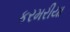
કરમરીયા